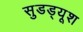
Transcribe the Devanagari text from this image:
सुडड्यूश